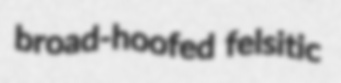
broad-hoofed felsitic